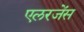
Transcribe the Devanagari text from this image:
एलरजेंस